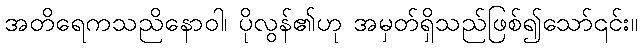
အတိရေကသညိနောဝါ၊ ပိုလွန်၏ဟု အမှတ်ရှိသည်ဖြစ်၍သော်၎င်း။